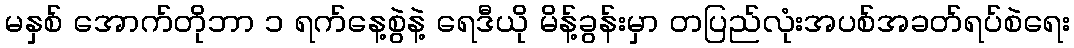
မနှစ် အောက်တိုဘာ ၁ ရက်နေ့စွဲနဲ့ ရေဒီယို မိန့်ခွန်းမှာ တပြည်လုံးအပစ်အခတ်ရပ်စဲရေး